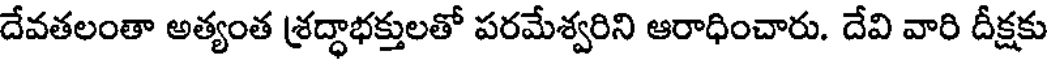
దేవతలంతా అత్యంత శ్రద్ధాభక్తులతో పరమేశ్వరిని ఆరాధించారు. దేవి వారి దీక్షకు